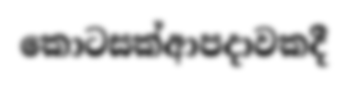
කොටසක්ආපදාවකදී